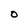
Character: O